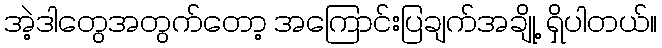
အဲ့ဒါတွေအတွက်တော့ အကြောင်းပြချက်အချို့ ရှိပါတယ်။